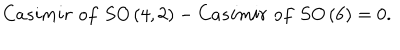
LaTeX: C a s i m i r \, \, o f \, \, S O \left( 4 , 2 \right) - C a s i m i r \, \, o f \, \, S O \left( 6 \right) = 0 .